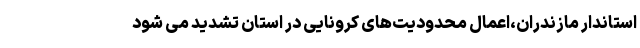
استاندار مازندران،اعمال محدودیت‌های کرونایی در استان تشدید می شود